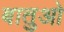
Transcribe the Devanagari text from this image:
बातुओ